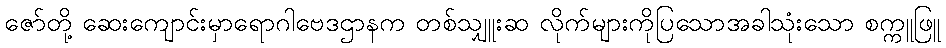
ဇော်တို့ ဆေးကျောင်းမှာရောဂါဗေဒဌာနက တစ်သျှူးဆ လိုက်များကိုပြသောအခါသုံးသော စက္ကူဖြူ